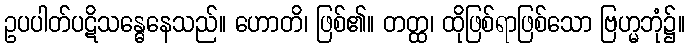
ဥပပါတ်ပဋိသန္ဓေနေသည်။ ဟောတိ၊ ဖြစ်၏။ တတ္ထ၊ ထိုဖြစ်ရာဖြစ်သော ဗြဟ္မဘုံ၌။